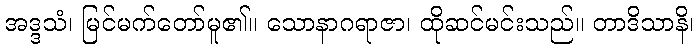
အဒ္ဒသံ၊ မြင်မက်တော်မူ၏။ သောနာဂရာဇာ၊ ထိုဆင်မင်းသည်။ တာဒိသာနိ၊